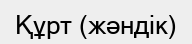
Құрт (жәндік)